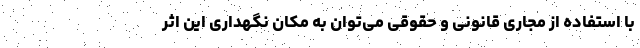
با استفاده از مجاری قانونی و حقوقی می‌توان به مکان نگهداری این اثر